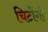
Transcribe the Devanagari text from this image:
चिटोंगो